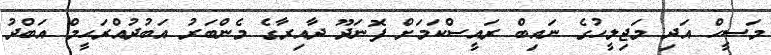
މަސީހް އަދި މަޖިލީހުގެ ނައިބް ރައީސްކަމަށް ފޮނަދޫ ދާއިރާގެ މެންބަރު އަބުދުއްރަޙީމް އަބްދު